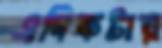
এদিকটায়